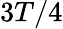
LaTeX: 3T/4